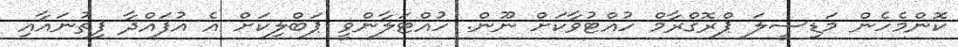
ކޮންމެހެން މަޑިސީލަ ޕްރޮގްރާމް ހުއްޓުވާކަށް ނޫން. ހުއްޓަލާންވީ ޕަބްލިކަށް އެ އުފައްދާ ފިތުނައާއި